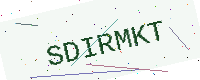
Text: SDIRMKT